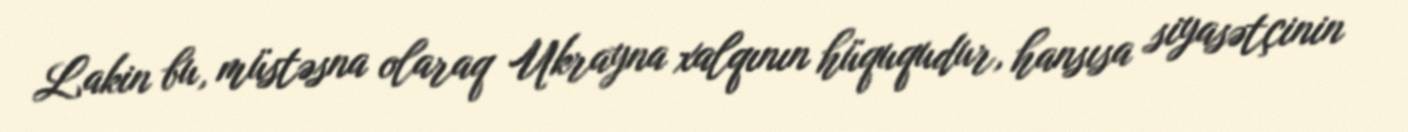
Lakin bu, müstəsna olaraq Ukrayna xalqının hüququdur, hansısa siyasətçinin